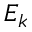
E _ { k }